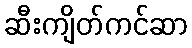
ဆီးကျိတ်ကင်ဆာ